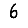
Digit: 6